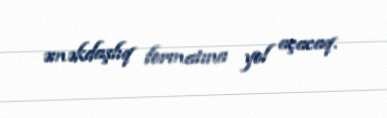
əməkdaşlıq formatına yol açacaq.